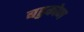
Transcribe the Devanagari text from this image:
बहुकोण